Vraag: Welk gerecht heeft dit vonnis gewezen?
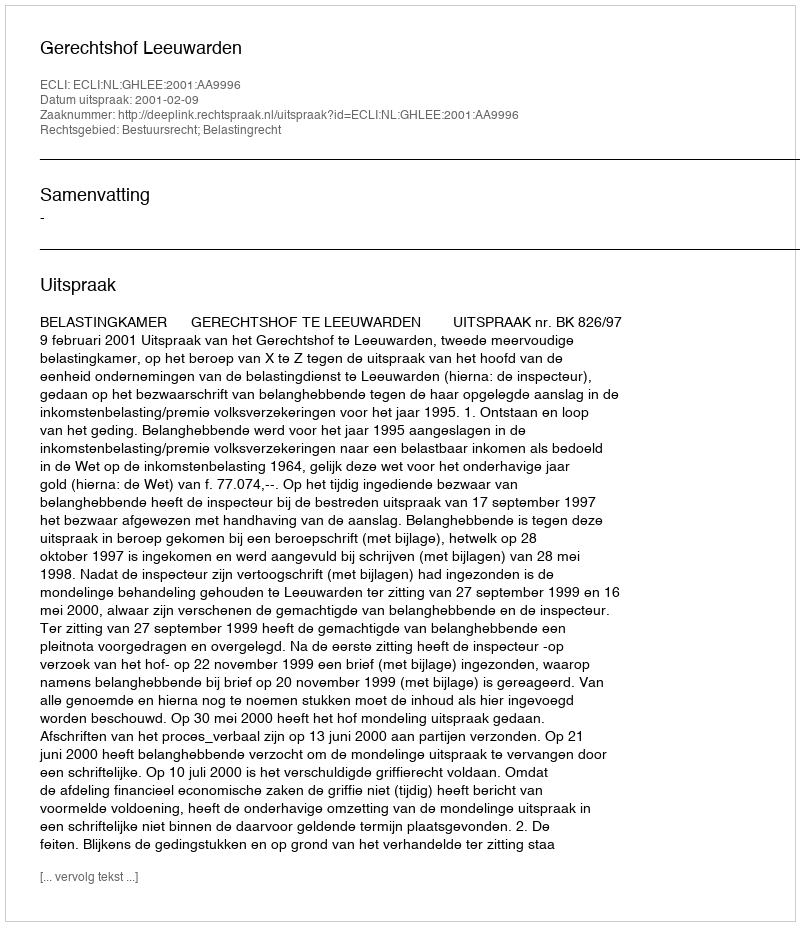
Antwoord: Gerechtshof Leeuwarden